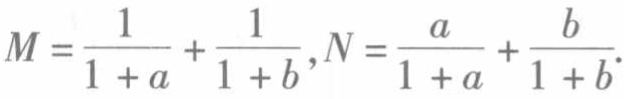
\(M = \frac{1}{1 + a} + \frac{1}{1 + b},N = \frac{a}{1 + a} + \frac{b}{1 + b}\)